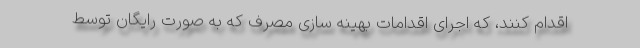
اقدام کنند، که اجرای اقدامات بهینه سازی مصرف که به صورت رایگان توسط